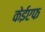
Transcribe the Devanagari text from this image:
केईएफ